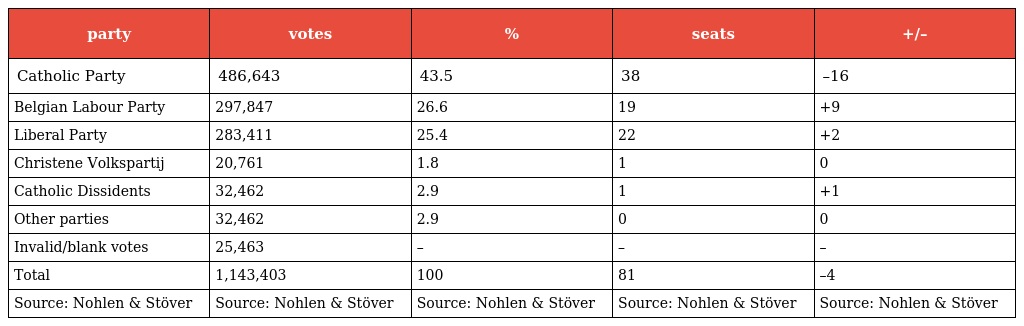
| party | votes | % | seats | +/– |
 | --- | --- | --- | --- | --- |
 | Catholic Party | 486,643 | 43.5 | 38 | –16 |
 | Belgian Labour Party | 297,847 | 26.6 | 19 | +9 |
 | Liberal Party | 283,411 | 25.4 | 22 | +2 |
 | Christene Volkspartij | 20,761 | 1.8 | 1 | 0 |
 | Catholic Dissidents | 32,462 | 2.9 | 1 | +1 |
 | Other parties | 32,462 | 2.9 | 0 | 0 |
 | Invalid/blank votes | 25,463 | – | – | – |
 | Total | 1,143,403 | 100 | 81 | –4 |
 | Source: Nohlen & Stöver | Source: Nohlen & Stöver | Source: Nohlen & Stöver | Source: Nohlen & Stöver | Source: Nohlen & Stöver |